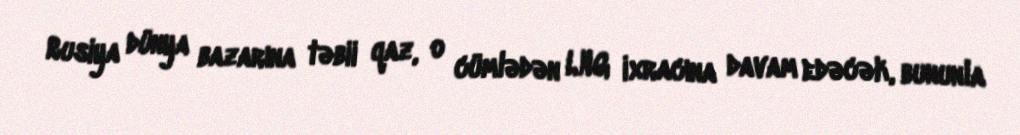
Rusiya dünya bazarına təbii qaz, o cümlədən LNG ixracına davam edəcək, bununla